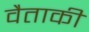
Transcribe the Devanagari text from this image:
वैताकी